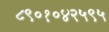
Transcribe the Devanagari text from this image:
८९०१०४२५९५